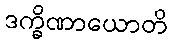
ဒက္ခိဏာယောတိ